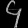
Digit: ၄